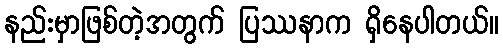
နည်းမှာဖြစ်တဲ့အတွက် ပြဿနာက ရှိနေပါတယ်။